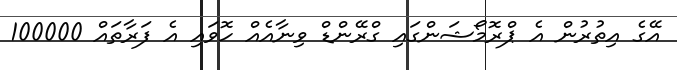
އޭގެ އިތުރުން އެ ޕްރޮމޯޝަންގައި ގްރޭންޑް ވިނާއެއް ހޮވައި އެ ފަރާތައް 100000